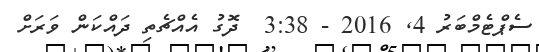
ސެޕްޓެމްބަރު 4